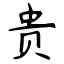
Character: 贵